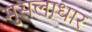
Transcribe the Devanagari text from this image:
मुसलाधार